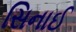
સિનાઈ